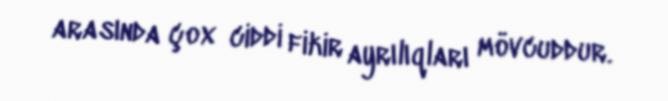
arasında çox ciddi fikir ayrılıqları mövcuddur.